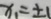
x _ { 1 } = \pm 1